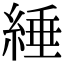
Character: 綞